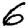
Digit: 6